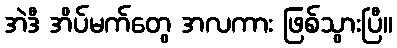
အဲဒီ အိပ်မက်တွေ အလကား ဖြစ်သွားပြီ။